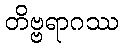
တိဗ္ဗရာဂဿ